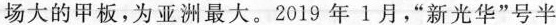
场大的甲板，为亚洲最大。2019年1月，”新光华”号半